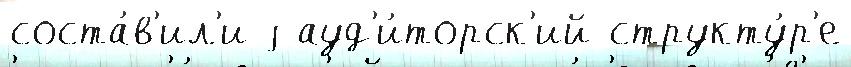
соста́в'ил'и j ауд'и́торск'ий структу́р'е